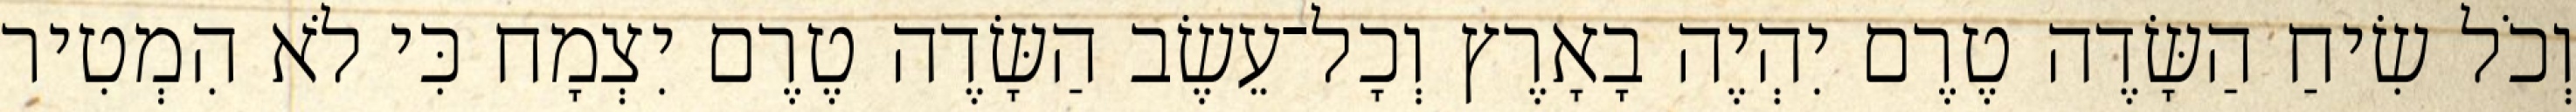
וְכֹל שִׂיחַ הַשָּׂדֶה טֶרֶם יִהְיֶה בָאָרֶץ וְכָל־עֵשֶׂב הַשָּׂדֶה טֶרֶם יִצְמָח כִּי לֹא הִמְטִיר